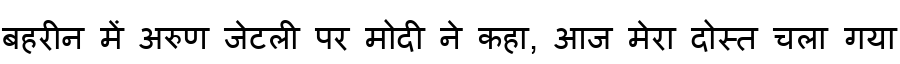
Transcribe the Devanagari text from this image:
बहरीन में अरुण जेटली पर मोदी ने कहा, आज मेरा दोस्त चला गया